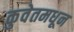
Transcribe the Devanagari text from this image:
कुवेतमधून